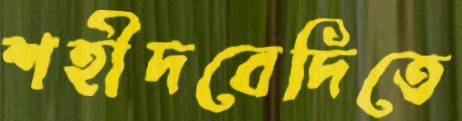
শহীদবেদিতে